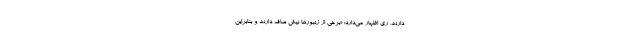
دارند. ری اظهار می‌دارد: «برخی از زنبورها نیش صاف دارند و بنابراین